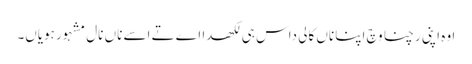
اوہ اپنی رچنا وچ اپنا ناں کالی داس ہی لکھدا اے تے اسے ناں نال مشہور ہویاں۔